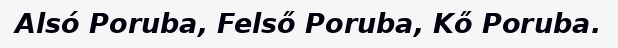
Alsó Poruba, Felső Poruba, Kő Poruba.